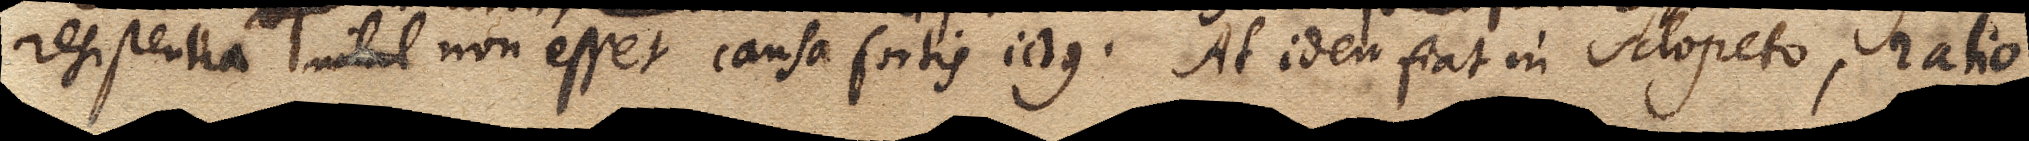
resistentia nihil non esset causa fortis ictus. Ad idem fiat in sclopeto, ratio